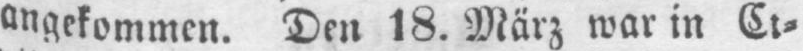
angekommen. Den 18. März war in Ci⸗